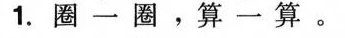
1.圈一圈，算一算。